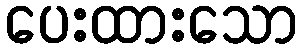
ပေးထားသော